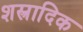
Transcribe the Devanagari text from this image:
शस्त्रादिक